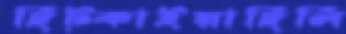
ছিট্‌কাইয়াছিলি